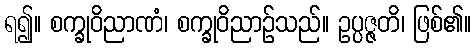
ရ၍။ စက္ခုဝိညာဏံ၊ စက္ခုဝိညာဉ်သည်။ ဥပ္ပဇ္ဇတိ၊ ဖြစ်၏။